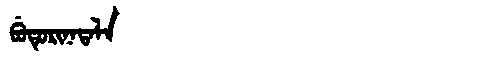
Manchu: ᠪᡠᡨᡠᡵᡳᠨᠠᡨᠠᠯᠠ
Romanization: BUTURINATALA